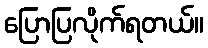
ပြောပြလိုက်ရတယ်။